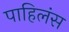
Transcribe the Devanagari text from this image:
पाहिलंस